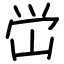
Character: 峃